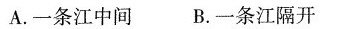
A.一条江中间B.一条江隔开